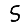
Digit: 5